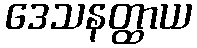
ဒေသနတ္ထာယ